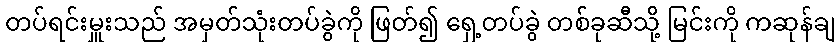
တပ်ရင်းမှူးသည် အမှတ်သုံးတပ်ခွဲကို ဖြတ်၍ ရှေ့တပ်ခွဲ တစ်ခုဆီသို့ မြင်းကို ကဆုန်ချ